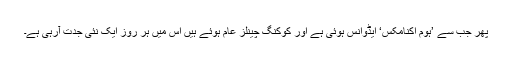
پھر جب سے ’ہوم اکنامکس‘ ایڈوانس ہوئی ہے اور کوکنگ چینلز عام ہوئے ہیں اس میں ہر روز ایک نئی جدت آرہی ہے۔